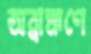
অব্রাহ্মণে